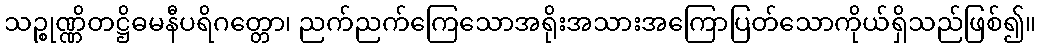
သဉ္စုဏ္ဏိတဋ္ဌိဓမနီပရိဂတ္တော၊ ညက်ညက်ကြေသောအရိုးအသားအကြောပြတ်သောကိုယ်ရှိသည်ဖြစ်၍။